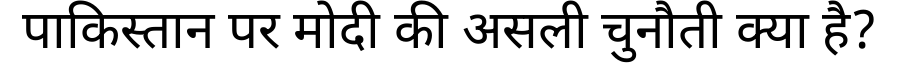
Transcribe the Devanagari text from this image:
पाकिस्तान पर मोदी की असली चुनौती क्या है?